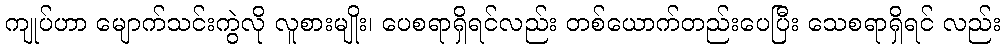
ကျုပ်ဟာ မျောက်သင်းကွဲလို လူစားမျိုး၊ ပေစရာရှိရင်လည်း တစ်ယောက်တည်းပေပြီး သေစရာရှိရင် လည်း